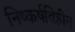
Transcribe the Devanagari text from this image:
निष्कर्षविहीन